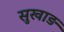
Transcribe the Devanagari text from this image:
सुखाड़